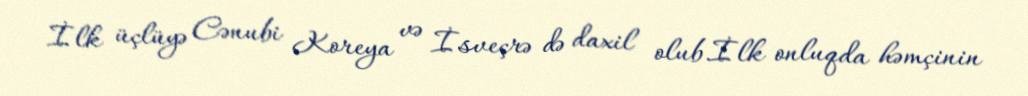
İlk üçlüyə Cənubi Koreya və İsveçrə də daxil olub.İlk onluqda həmçinin